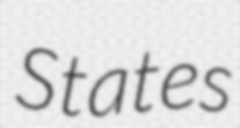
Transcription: States